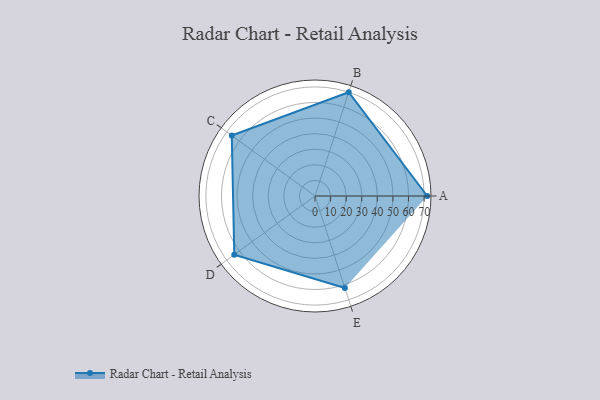
{"axis": {"x": "Skill", "y": "Score"}, "legend": ["Profile"], "data": [{"x": "A", "y": 72.0, "type": "Profile"}, {"x": "B", "y": 70.0, "type": "Profile"}, {"x": "C", "y": 66.0, "type": "Profile"}, {"x": "D", "y": 64.0, "type": "Profile"}, {"x": "E", "y": 62.0, "type": "Profile"}]}